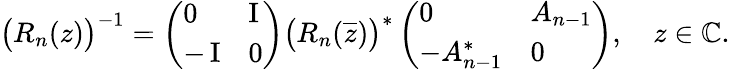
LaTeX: \big(R_{n}(z)\big)^{-1}=\left(\begin{array}{ll}{0}&{\operatorname{I}}\\ {-\operatorname{I}}&{0}\end{array}\right)\big(R_{n}(\overline{{z}})\big)^{*}\left(\begin{array}{ll}{0}&{A_{n-1}}\\ {-A_{n-1}^{*}}&{0}\end{array}\right),\quad z\in\mathbb{C}.